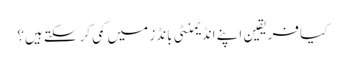
کیا فریقین اپنے انڈیمنٹی بانڈز میں کمی کر سکتے ہیں؟